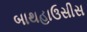
બાથહાઉસીસ